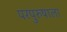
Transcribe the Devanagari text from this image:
परपुरुषाला